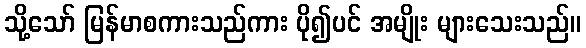
သို့သော် မြန်မာစကားသည်ကား ပို၍ပင် အမျိုး များသေးသည်။